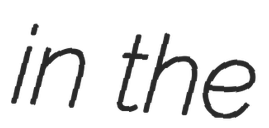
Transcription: in the